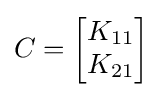
{\textstyle C={\begin{bmatrix}K_{11}\\K_{21}\end{bmatrix}}}